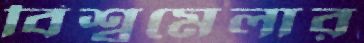
বিশ্বমেলার